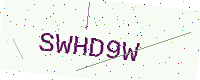
Text: SWHD9W